Document type: Sale
Year: 1274
Scribe: [Unknown]
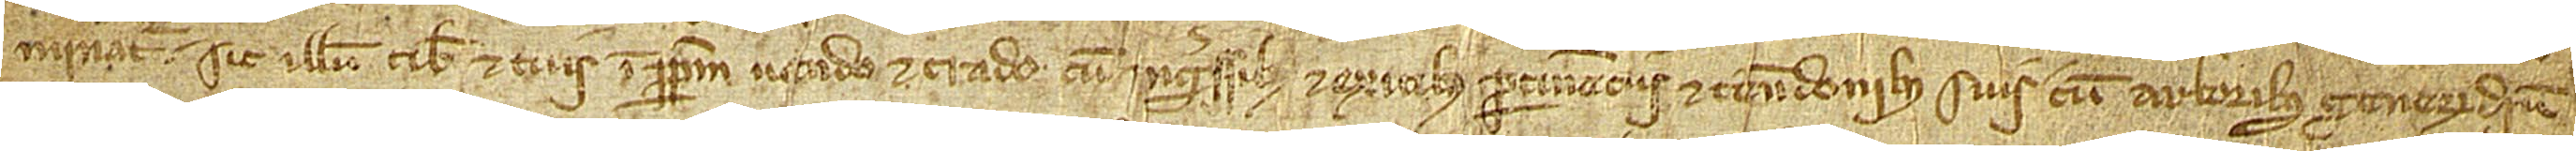
minatur sic illum tibi et tuis imperpetuum vendo et trado, cum ingressibus et exitibus, pertinenciis et tenedonibus suis, cum arboribus generum diver-